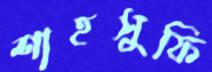
শাহসুফি